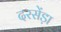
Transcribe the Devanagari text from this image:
दरसेंड़ा